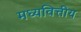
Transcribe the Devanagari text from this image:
मध्यवित्तीय